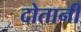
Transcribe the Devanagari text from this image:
दोतानी